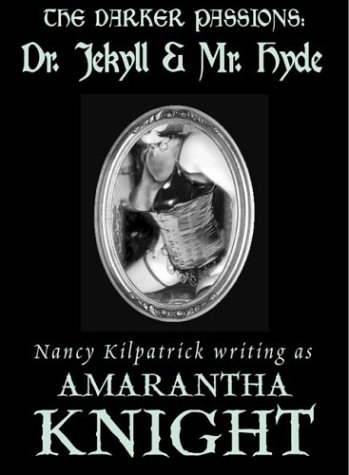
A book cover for The Darker Passions Dr. Jekyll & Mr. Hyde; Amarantha Knight; Romance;